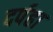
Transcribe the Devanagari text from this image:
दर्पहा